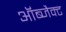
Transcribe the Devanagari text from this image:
ऑब्जैक्ट